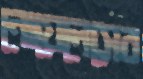
নোয়েলেসের